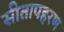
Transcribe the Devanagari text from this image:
सीतापहरण